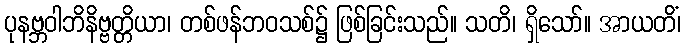
ပုနဗ္ဘဝါဘိနိဗ္ဗတ္တိယာ၊ တစ်ဖန်ဘဝသစ်၌ ဖြစ်ခြင်းသည်။ သတိ၊ ရှိသော်။ အာယတိံ၊